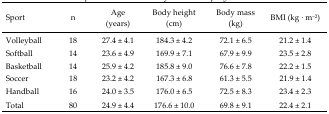
<table><thead><tr><td><b>Sport</b></td><td><b>n</b></td><td><b>Age (years)</b></td><td><b>Body height (cm)</b></td><td><b>Body mass (kg)</b></td><td><b>BMI (kg·m<sup>−2</sup>)</b></td></tr></thead><tbody><tr><td>Volleyball</td><td>18</td><td>27.4 ± 4.1</td><td>184.3 ± 4.2</td><td>72.1 ± 6.5</td><td>21.2 ± 1.4</td></tr><tr><td>Softball</td><td>14</td><td>23.6 ± 4.9</td><td>169.9 ± 7.1</td><td>67.9 ± 9.9</td><td>23.5 ± 2.8</td></tr><tr><td>Basketball</td><td>14</td><td>25.9 ± 4.2</td><td>185.8 ± 9.0</td><td>76.6 ± 7.8</td><td>22.2 ± 1.5</td></tr><tr><td>Soccer</td><td>18</td><td>23.2 ± 4.2</td><td>167.3 ± 6.8</td><td>61.3 ± 5.5</td><td>21.9 ± 1.4</td></tr><tr><td>Handball</td><td>16</td><td>24.0 ± 3.5</td><td>176.0 ± 6.5</td><td>72.5 ± 8.3</td><td>23.4 ± 2.3</td></tr><tr><td>Total</td><td>80</td><td>24.9 ± 4.4</td><td>176.6 ± 10.0</td><td>69.8 ± 9.1</td><td>22.4 ± 2.1</td></tr></tbody></table>